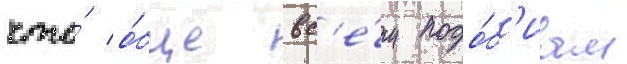
что́ о́бще вс'е́м подо́б'иам